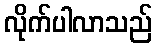
လိုက်ပါလာသည်